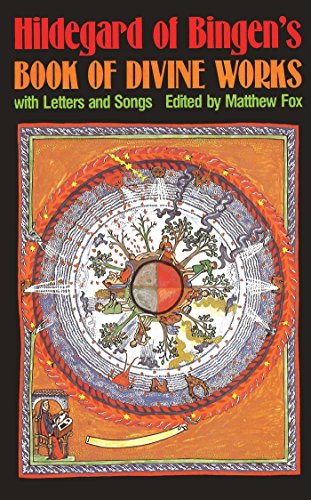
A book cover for Hildegard of Bingen's Book of Divine Works: With Letters and Songs; Hildegard of Bingen; Christian Books & Bibles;